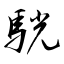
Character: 駫